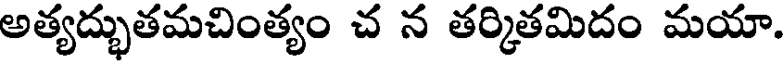
అత్యద్భుతమచింత్యం చ న తర్కితమిదం మయా.